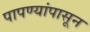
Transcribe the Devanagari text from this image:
पापण्यांपासून